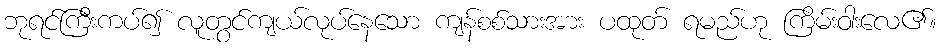
ဘုရင်ကြီးကပ်၍ လူတွင်ကျယ်လုပ်နေသော ကျန်စစ်သားအား ပထုတ် ရမည်ဟု ကြိမ်းဝါးလေ၏။